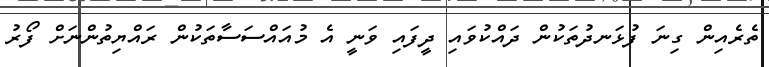
ތެރެއިން ގިނަ ފުޅަނދުތަކުން ދައްކުވައި ދީފައި ވަނީ އެ މުއައްސަސާތަކުން ރައްޔިތުންނަށް ފޯރު